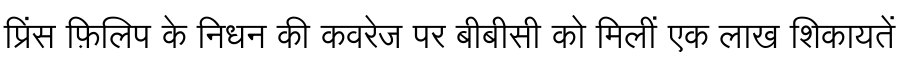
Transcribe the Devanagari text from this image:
प्रिंस फ़िलिप के निधन की कवरेज पर बीबीसी को मिलीं एक लाख शिकायतें